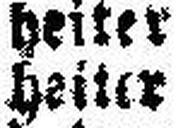
heiter